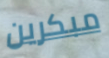
مبكرين